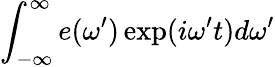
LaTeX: \int_{-\infty}^{\infty}e(\omega^{\prime})\exp(i\omega^{\prime}t)d\omega^{\prime}